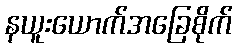
နယူးယောက်အခြေစိုက်